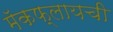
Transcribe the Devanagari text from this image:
मॅकफ्लायची